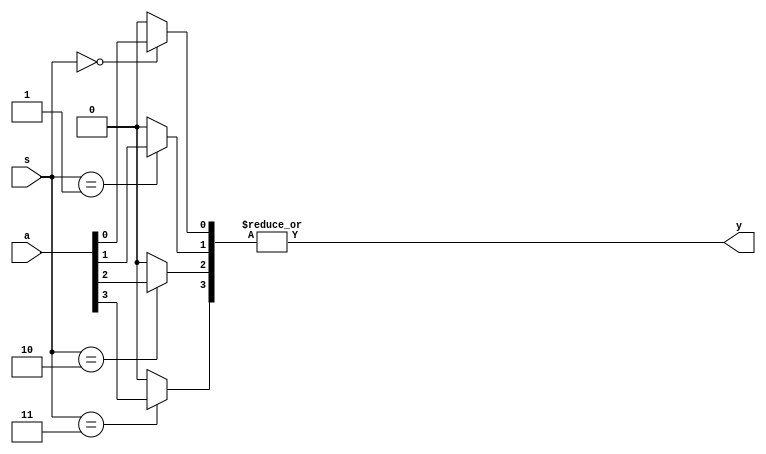
// N^2 to 1 Multiplexer (N Bit Select Line)

module multiplexer #(
    parameter N = 2
)(
    input  wire [(1 << N) - 1:0] a,
    input  wire [N-1:0]          s,
    output wire                  y
);

wire [(1<<N)-1:0] n_0;

genvar i;
generate
    for (i = 0; i < (1 << N); i = i + 1) begin
        assign n_0[i] = (s == i) ? a[i] : 1'b0;
    end
endgenerate

assign y = |n_0;

endmodule